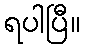
ရပါပြီ။